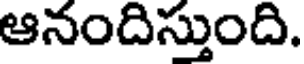
ఆనందిస్తుంది.